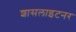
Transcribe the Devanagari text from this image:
शासलाइटनर